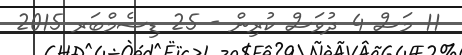
11 މަސް 4 ދުވަސް ކުރިން - 25 ޑިސެމްބަރ 2015